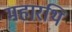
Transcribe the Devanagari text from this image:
महारथि